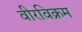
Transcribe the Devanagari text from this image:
वीरविक्रम